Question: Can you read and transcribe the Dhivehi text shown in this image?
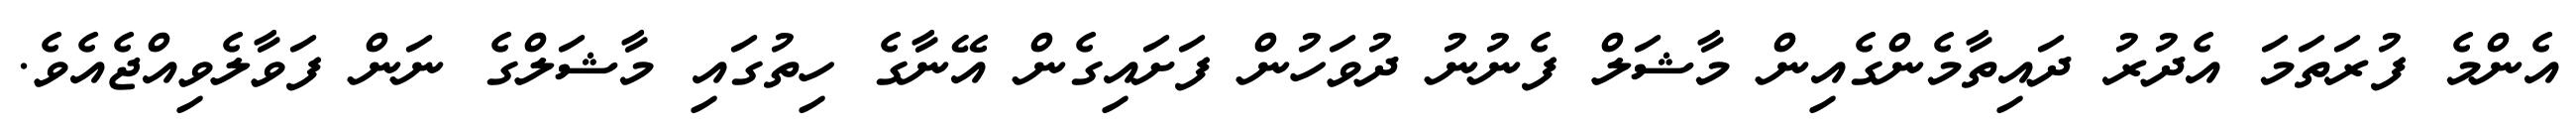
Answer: އެންމެ ފުރަތަމަ އެދުރު ދައިތާމެންގެއިން މާޝަލް ފެނުނު ދުވަހުން ފަށައިގެން އޭނާގެ ހިތުގައި މާޝަލްގެ ނަން ފަވާލެވިއްޖެއެވެ.